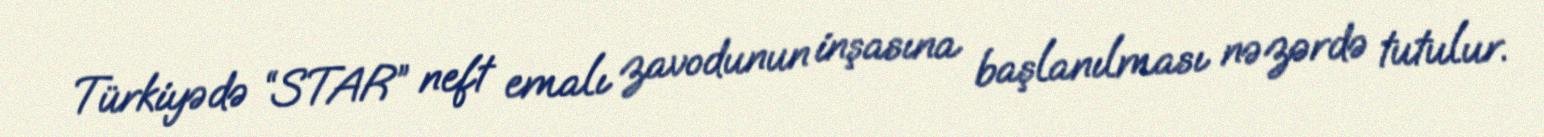
Türkiyədə “STAR” neft emalı zavodunun inşasına başlanılması nəzərdə tutulur.